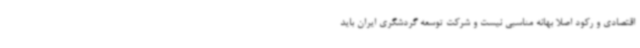
اقتصادی و رکود اصلا بهانه مناسبی نیست و شرکت توسعه گردشگری ایران باید